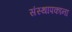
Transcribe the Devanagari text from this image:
संस्थापकांना